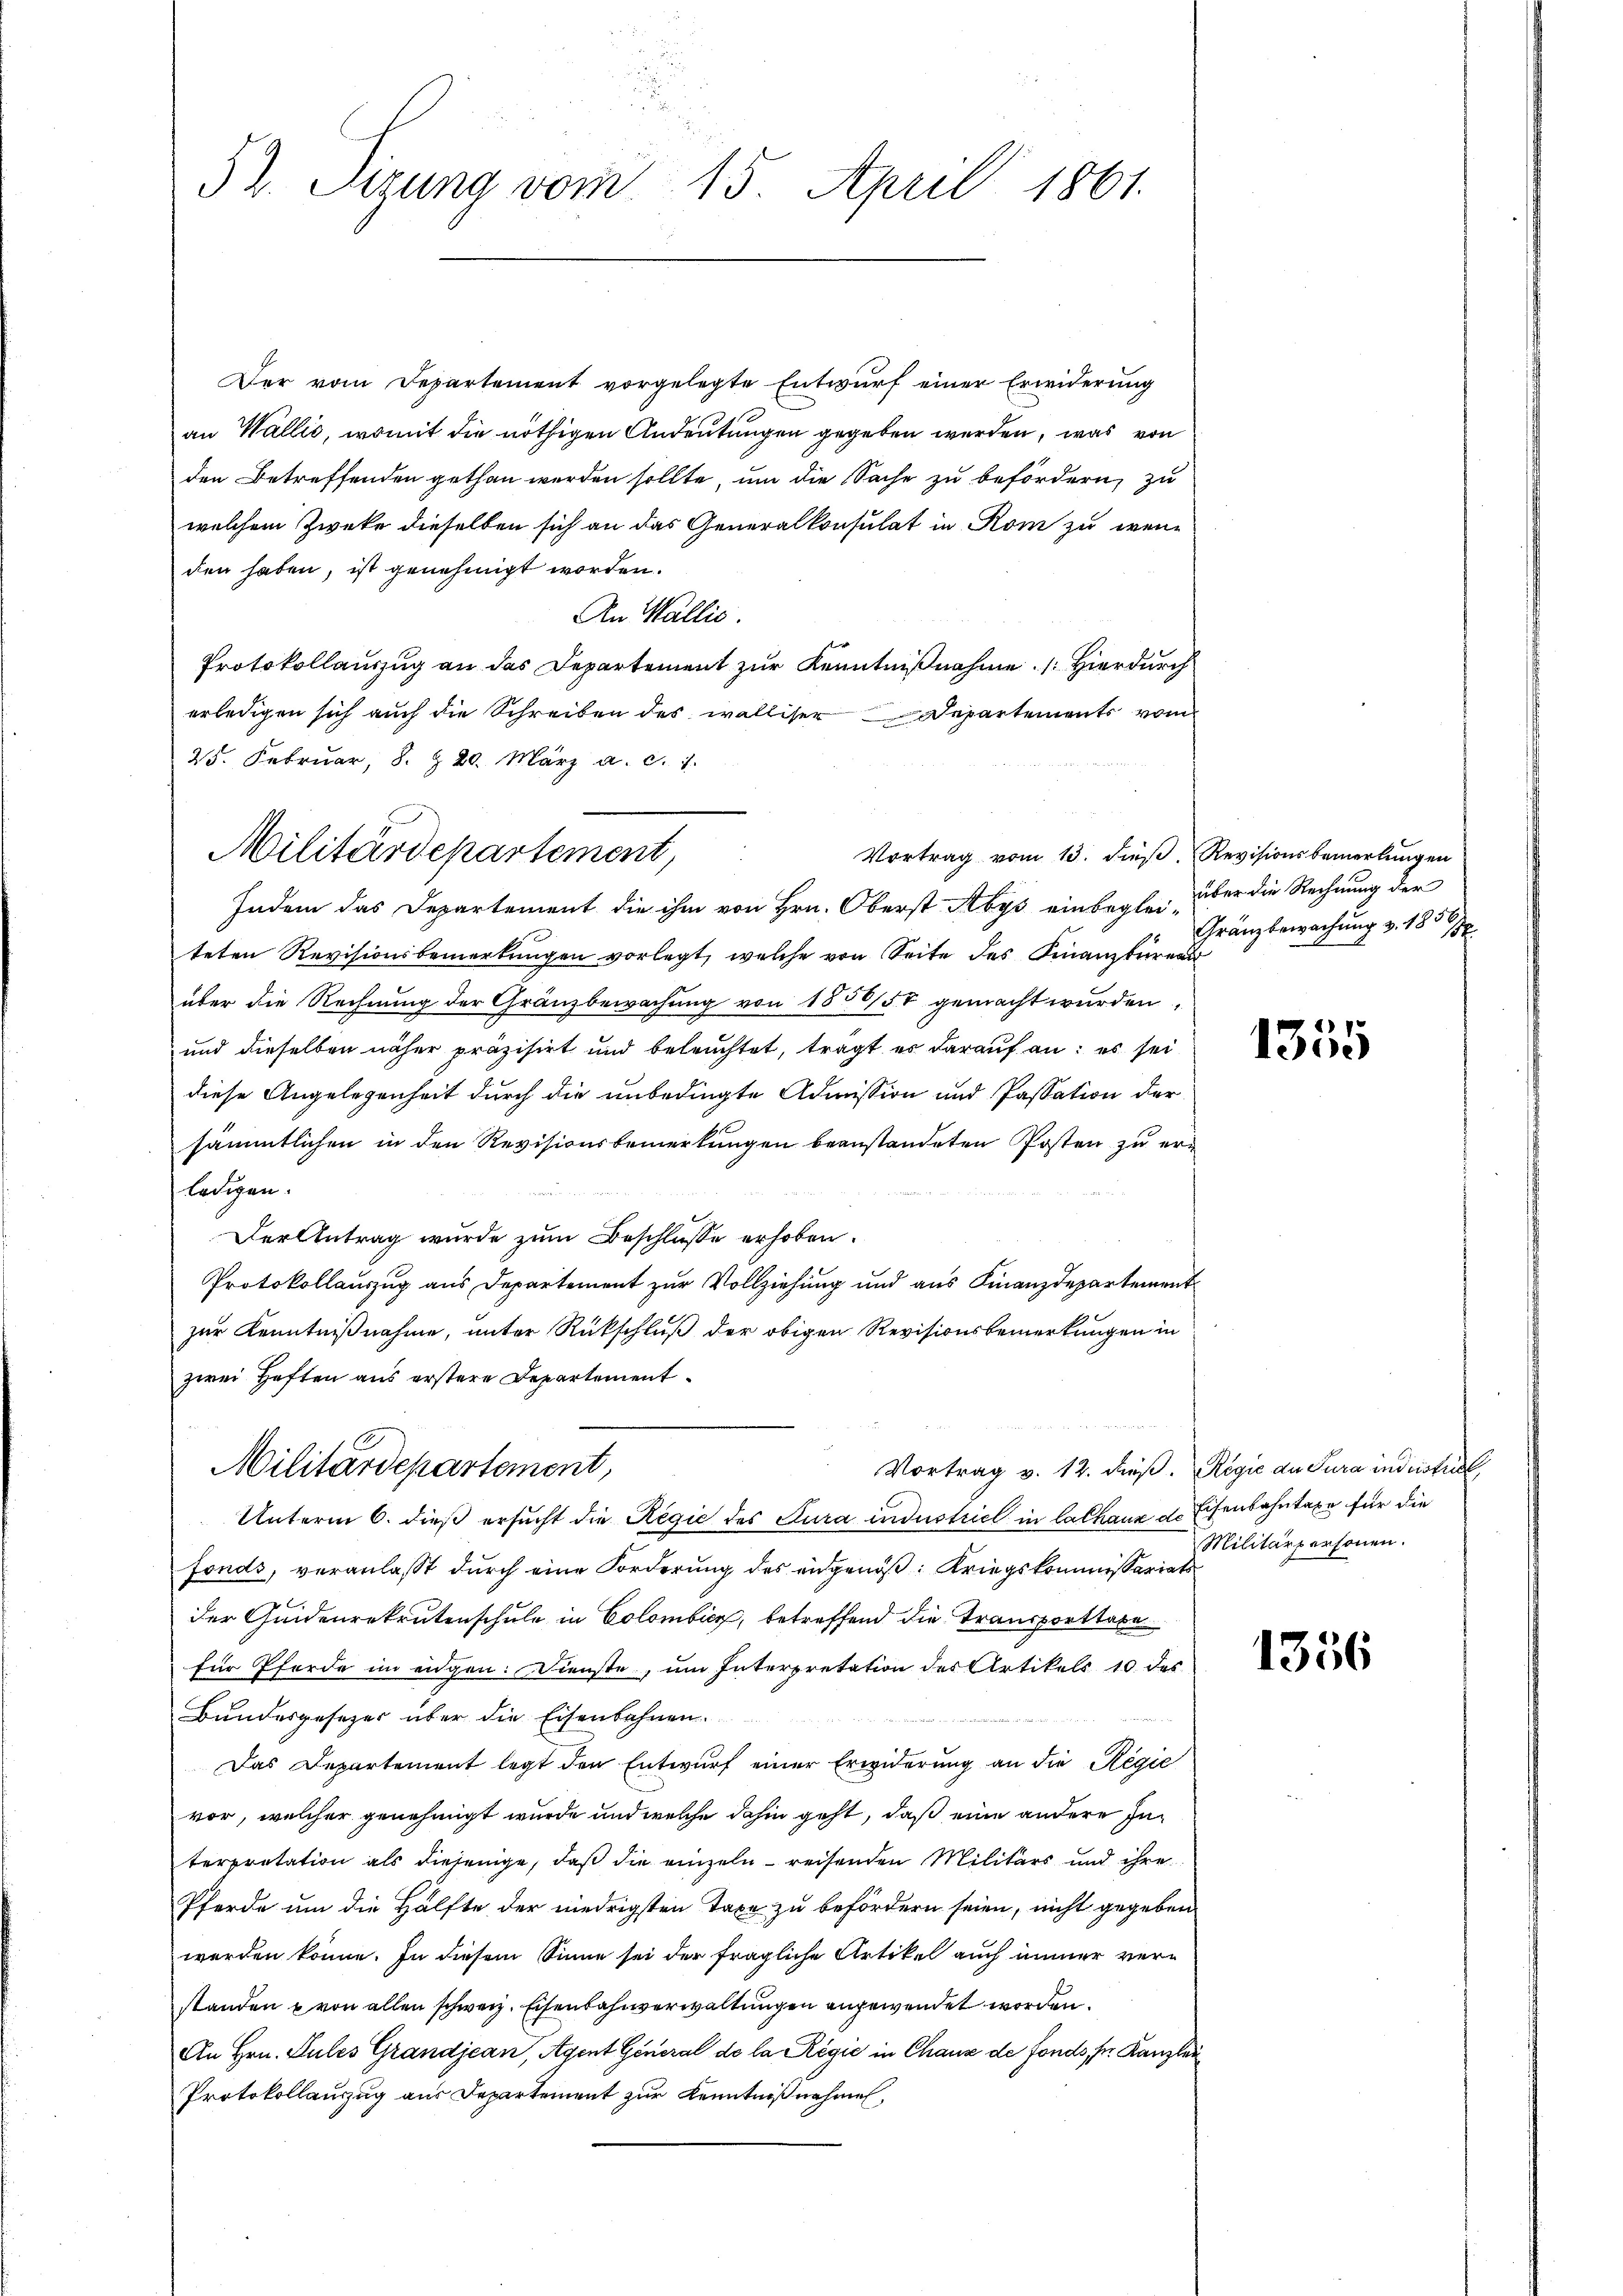
52. Sizung vom
15. April 1861.

Der vom Departement vorgelegte Entwŭrf einer Erwiderung
an Wallić, womit die nöthigen Andeutungen gegeben werden, was von
den Betreffenden gethan werden sollte, um die Sache zu befördern, zu
welchem Zwecke dieselben sich an das Generalkonsulat in Rom zu wenden haben, ist genehmigt worden.
An Wallis.
Protokollauszug an das Departement zur Kenntnißnahme. Hierdurch
erledigen sich auch die Schreiben des walliser Departements vom
25. Februar, 8 § 20. März a. c. 1.
Indem das Departement die ihm von Hrn. Oberst Abys einbeglei, über die Rechnung der
teten Revisionsbemerkŭngen vorlegt, welche von Seite des Finanzbüreau
über die Rechnung der Gränzbewachung von 1886/57 gemacht wurden.
und dieselben näher präzisirt und beleuchtet, tragt er darauf an: es sei
diese Angelegenheit durch die unbedingte Admission und Passation der
sämmtlichen in den Revisionsbemerkungen beanstandeten Posten zu erledigen.
Der Antrag wurde zum Beschlusse erhoben.
Protokollauszug aus Departement zur Vollziehung und aus Finanzdepartement
zur Kenntnißnahme, unter Rückschluß der obigen Revisionsbemerkungen in
zwei Haften aus erstere Departement.
Militärdepartement,
Vortrag v. 12. dieß. Regie der Jura industriel
Unterm 6. dieß ersucht die Regie des Kura industriel in Cathaus d. Eisenbahntaxe für die
Fonds, veranlaßt durch eine Forderung des eidgenöß: Kriegskommissariats
der Quidenrekrutenschule in Colombicz, betreffend die Transporttobe
für Pferde im eidgen. Dienste, um Interpretation des Artikels 10 des
Bundesgesezer über die Eisenbahnen.
Das Departement legt den Entwurf einer Erwiderung an die Regie
vor, welcher genehmigt wurde und welche dahin geht, daß eine andere Interpretation als diejenige, daß die einzeln reisenden Militärs und ihre
Pferde um die Hälfte der niedrigsten Taxe zu befördern seien, nicht gegeben
worden könne. In diesem Sinne sei der fragliche Artikel auch immer verstanden u von allen schweiz. Eisenbahnverwaltungen angewendet worden.
An Hrn. Sules Grandjean, Agent General de la Régić in Chaux de Fonds, s. Kanzlei
Protokollauzug aus Departement zur Kenntnißnahmen,

Militärdepartement,
Vortrag vom 13. dieβ.  Revisionsbemerkŭngen

Gränzbewachung v. 188

1355

Militärpersonen.

1356